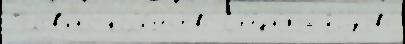
Голов'ино кол'и́чество Ср'е́дн'яjа Ельзово